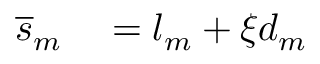
\begin{array} { r l } { \overline { { s } } _ { m } } & { { } = l _ { m } + \xi d _ { m } } \end{array}